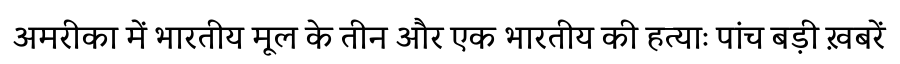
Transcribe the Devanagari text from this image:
अमरीका में भारतीय मूल के तीन और एक भारतीय की हत्याः पांच बड़ी ख़बरें